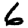
Digit: 6